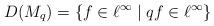
LaTeX: \begin{align*}D(M_{q})=\{f\in\ell^{\infty}\;|\;qf\in\ell^{\infty}\}\end{align*}